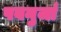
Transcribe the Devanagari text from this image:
पवनुर्जा